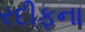
રદીફના